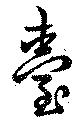
臺